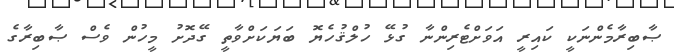
ޞާބިރާމެންނަކީ ކައިރީ އަވަށްޓެރިންނާ ގުޅޭ ހުލްޤުހެޔޮ ބަޔަކަށްވާތީ ގޭދޮށު މީހުން ވެސް ޞާބިރާގެ